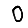
Digit: 0